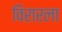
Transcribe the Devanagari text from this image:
विरारला